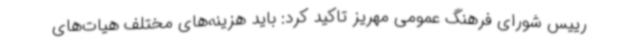
رییس شورای فرهنگ عمومی مهریز تاکید کرد: باید هزینه‌های مختلف هیات‌های